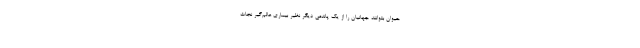
حیوان بتوانند جهانیان را از یک پاندمی دیگر نظیر بیماری عالم‌گیر نجات